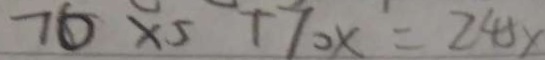
7 6 \times 5 + 7 0 x = 2 4 5 x